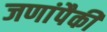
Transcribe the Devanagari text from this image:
जणांपैकी